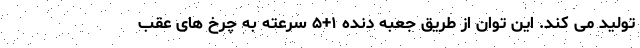
تولید می کند. این توان از طریق جعبه دنده ۱+۵ سرعته به چرخ های عقب